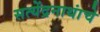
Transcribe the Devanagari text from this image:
सत्येंद्रनाथांचे